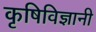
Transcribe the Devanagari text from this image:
कृषिविज्ञानी